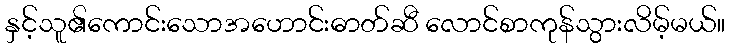
နှင့်သူ၏ကောင်းသောအဟောင်းဓာတ်ဆီ လောင်စာကုန်သွားလိမ့်မယ်။